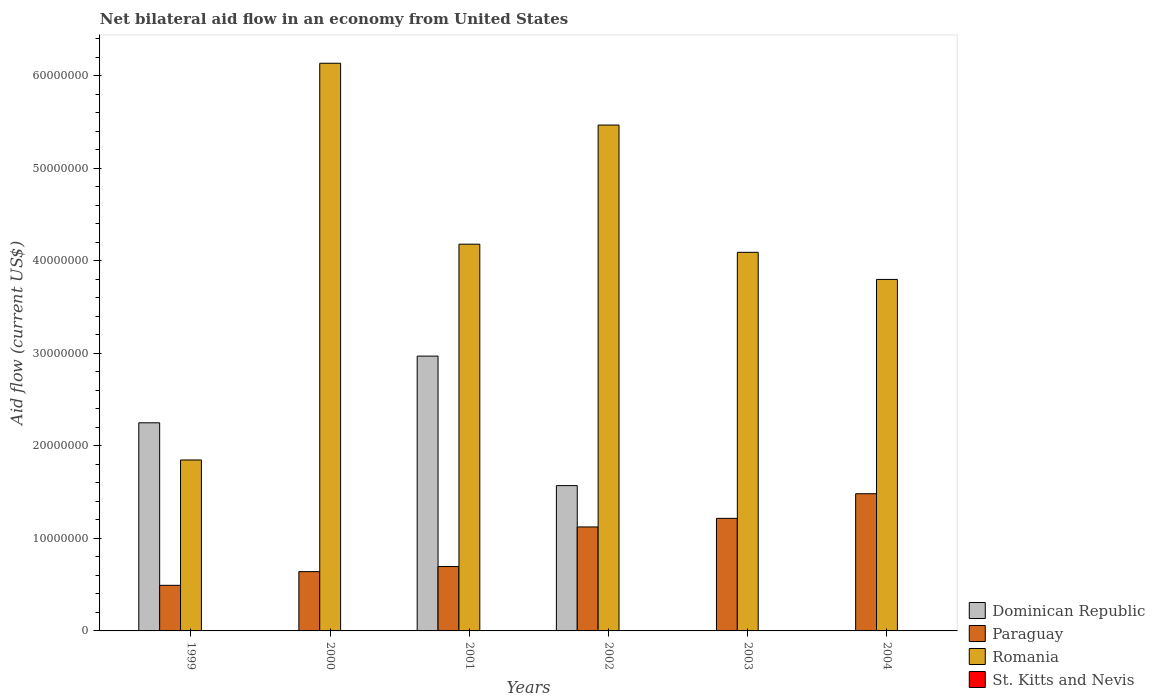
| Years | Dominican Republic | Paraguay | Romania | St. Kitts and Nevis |
 | --- | --- | --- | --- | --- |
 | 1999 | 2.25e+07 | 4.93e+06 | 1.85e+07 | -3.1e+05 |
 | 2000 | -1.88e+07 | 6.41e+06 | 6.14e+07 | -3.8e+05 |
 | 2001 | 2.97e+07 | 6.96e+06 | 4.18e+07 | -4.7e+05 |
 | 2002 | 1.57e+07 | 1.12e+07 | 5.47e+07 | -3.9e+05 |
 | 2003 | -6.26e+06 | 1.22e+07 | 4.09e+07 | -6.2e+05 |
 | 2004 | -4.1e+06 | 1.48e+07 | 3.8e+07 | -6.7e+05 |